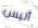
أليس